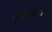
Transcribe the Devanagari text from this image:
महाश्वसाधनिक